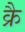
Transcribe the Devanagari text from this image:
क्रै